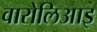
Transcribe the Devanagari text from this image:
वारोलिआइ